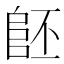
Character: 𨸿